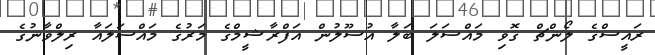
ރައީސްގެ ލޯންޗް ގޮވި މައްސަލަ ބަލާ އުސޫލުން އަފްރާޝީމްގެ މަރުގެ މައްސަލައާ ރިލްވާނުގެ